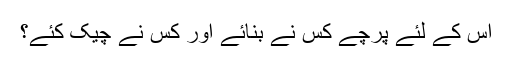
اس کے لئے پرچے کس نے بنائے اور کس نے چیک کئے؟